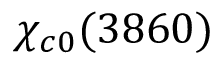
\chi _ { c 0 } ( 3 8 6 0 )